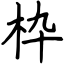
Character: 枠